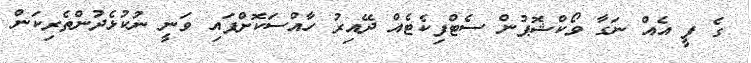
ގެ ފީ އެއް ނަގާ ވޯކްޝޮޕުން ސެޓްފިކެޓެއް ދޭއިރު ހާއްސަކޮށްފައި ވަނީ ނުކުޅެދުންތެރިކަން